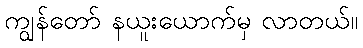
ကျွန်တော် နယူးယောက်မှ လာတယ်။